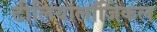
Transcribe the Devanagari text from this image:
टीलियालॉजिकल